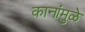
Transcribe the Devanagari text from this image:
कानांमुळे